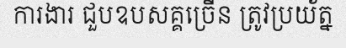
ការងារ ជួបឧបសគ្គច្រើន ត្រូវប្រយ័ត្ន